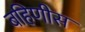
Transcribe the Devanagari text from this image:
बहिणीस